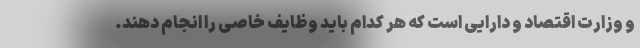
و وزارت اقتصاد و دارایی است که هر کدام باید وظایف خاصی را انجام دهند.